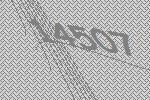
14507